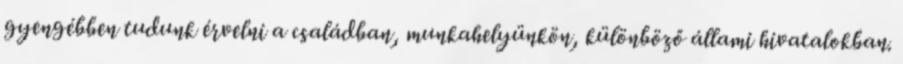
gyengébben tudunk érvelni a családban, munkahelyünkön, különböző állami hivatalokban.